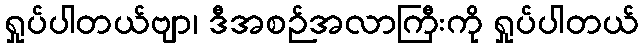
ရှုပ်ပါတယ်ဗျာ၊ ဒီအစဉ်အလာကြီးကို ရှုပ်ပါတယ်